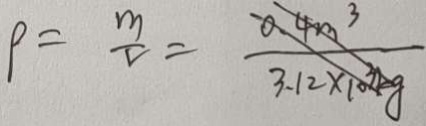
\rho = \frac { m } { v } = \frac { 0 . 4 m ^ { 3 } } { 3 . 1 2 \times 1 0 ^ { 3 } k g }